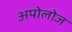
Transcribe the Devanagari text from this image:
अपोलोज